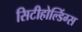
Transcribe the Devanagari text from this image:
सिटीहोल्डिंग्स